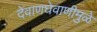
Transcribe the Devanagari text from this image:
देवाणघेवाणीमुळे